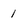
Character: 1